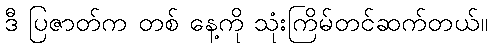
ဒီ ပြဇာတ်က တစ် နေ့ကို သုံးကြိမ်တင်ဆက်တယ်။